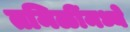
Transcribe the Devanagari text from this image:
तमिळींमध्ये